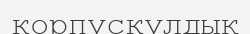
корпускулдық